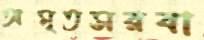
অমৃতসরবা